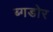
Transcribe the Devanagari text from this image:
ब्गडोर